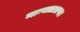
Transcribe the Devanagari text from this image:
मान्यताप्राप्त।